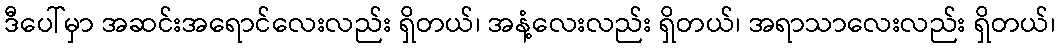
ဒီပေါ်မှာ အဆင်းအရောင်လေးလည်း ရှိတယ်၊ အနံ့လေးလည်း ရှိတယ်၊ အရာသာလေးလည်း ရှိတယ်၊